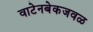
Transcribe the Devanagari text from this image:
वाटेनबेकजवळ